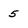
Character: 5